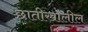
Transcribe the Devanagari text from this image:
छातीखालील